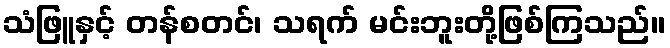
သံဖြူနှင့် တန်စတင်၊ သရက် မင်းဘူးတို့ဖြစ်ကြသည်။